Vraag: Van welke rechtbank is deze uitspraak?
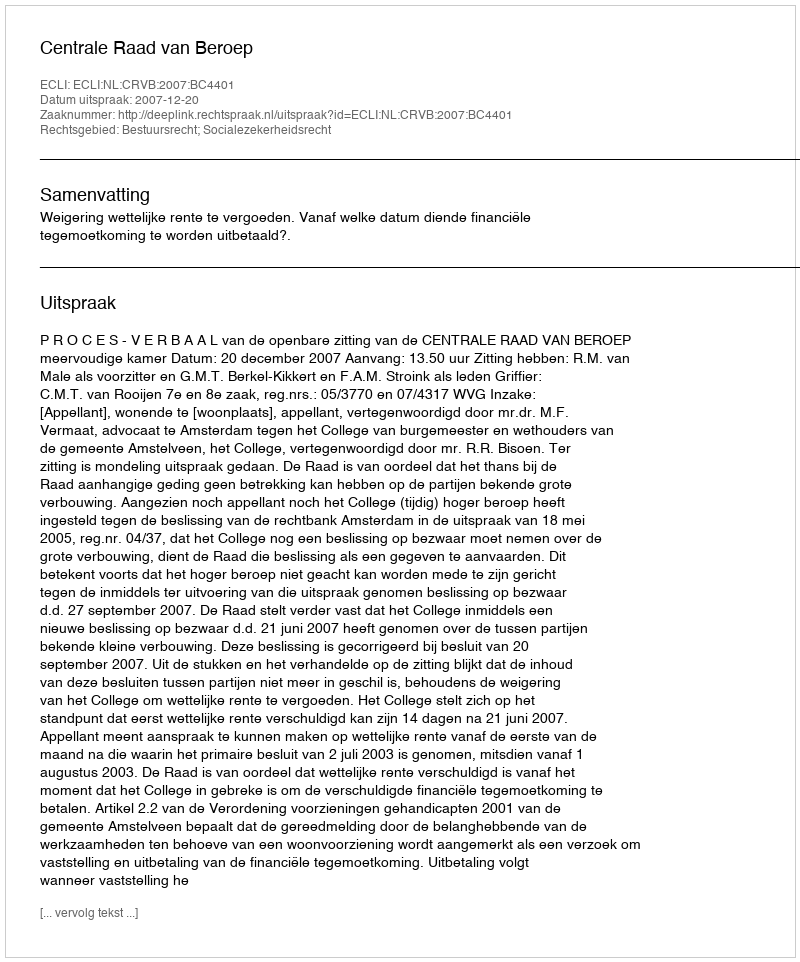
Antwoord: Centrale Raad van Beroep